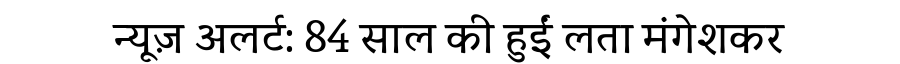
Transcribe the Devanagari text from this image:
न्यूज़ अलर्ट: 84 साल की हुईं लता मंगेशकर